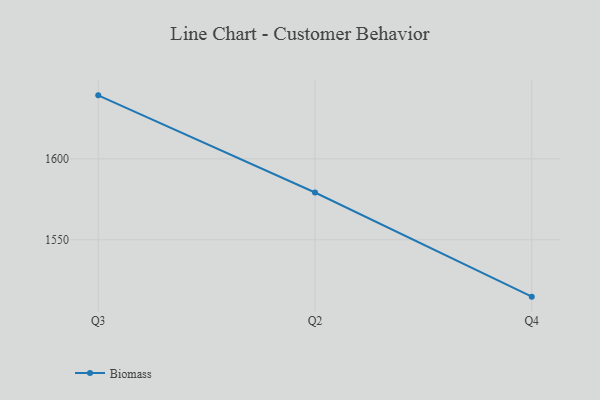
{"axis": {"x": "Quarter", "y": "Gross Profit (USD K)"}, "legend": ["Biomass"], "data": [{"x": "Q3", "y": 1639.3, "type": "Biomass"}, {"x": "Q2", "y": 1579.2, "type": "Biomass"}, {"x": "Q4", "y": 1514.8, "type": "Biomass"}]}